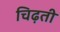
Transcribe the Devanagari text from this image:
चिढ़ती